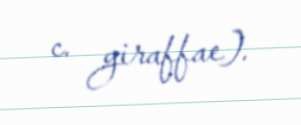
c. giraffae).